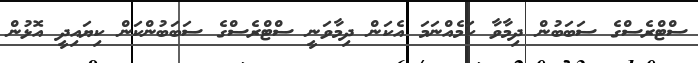
ސްޓްރެސްގެ ސަބަބުން ދިމާވާ ކަމެއްނަމަ އެކަން ދިމާވަނީ ސްޓްރެސްގެ ސަބަބުންކަން ކިޔައިދީ އޮޅުން